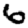
Digit: 6